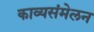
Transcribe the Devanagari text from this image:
काव्यसंमेलन